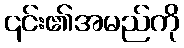
၎င်း၏အမည်ကို